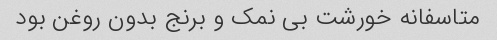
متاسفانه خورشت بی نمک و برنج بدون روغن بود